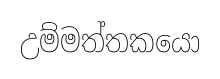
උම්මත්තකයො